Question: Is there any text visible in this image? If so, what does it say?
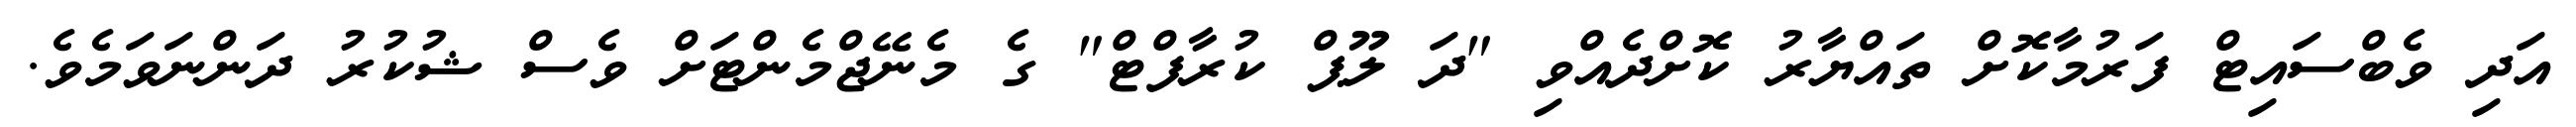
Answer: އަދި ވެބްސައިޓް ފަރުމާކޮށް ތައްޔާރު ކޮށްދެއްވި "ދަ ލޫޕް ކުރާފްޓް" ގެ މެނޭޖްމެންޓަށް ވެސް ޝުކުރު ދަންނަވަމެވެ.